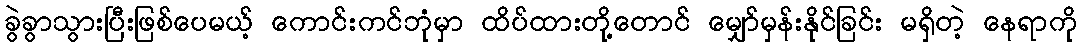
ခွဲခွာသွားပြီးဖြစ်ပေမယ့် ကောင်းကင်ဘုံမှာ ထိပ်ထားတို့တောင် မျှော်မှန်းနိုင်ခြင်း မရှိတဲ့ နေရာကို